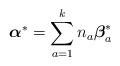
LaTeX: \begin{align*}{\mbox{\boldmath $\alpha$}}^* = \sum_{a=1}^k n_a {{\mbox{\boldmath $\beta$}}_a^*} \end{align*}